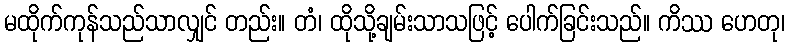
မထိုက်ကုန်သည်သာလျှင် တည်း။ တံ၊ ထိုသို့ချမ်းသာသဖြင့် ပေါက်ခြင်းသည်။ ကိဿ ဟေတု၊